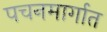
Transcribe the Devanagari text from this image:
पचनमार्गात